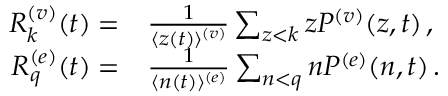
\begin{array} { r } { \begin{array} { r l } { R _ { k } ^ { ( v ) } ( t ) = } & { \frac { 1 } { \langle z ( t ) \rangle ^ { ( v ) } } \sum _ { z < k } z P ^ { ( v ) } ( z , t ) \, , } \\ { R _ { q } ^ { ( e ) } ( t ) = } & { \frac { 1 } { \langle n ( t ) \rangle ^ { ( e ) } } \sum _ { n < q } n P ^ { ( e ) } ( n , t ) \, . } \end{array} } \end{array}